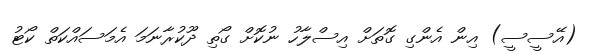
(އޭސީސީ) އިން އެންގި ގޮތަށް އިސްލާހު ނުކޮށް ގޯތި ދޫކުރާނަމަ އެމަސައްކަތް ކޯޓު